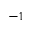
^ { - 1 }